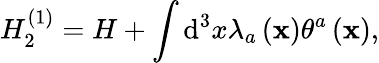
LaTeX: H_{2}^{\left(1\right)}=H+\int\mathrm{d}^{3}x\lambda_{a}\left({\mathbf{x}}\right)\theta^{a}\left({\mathbf{x}}\right),